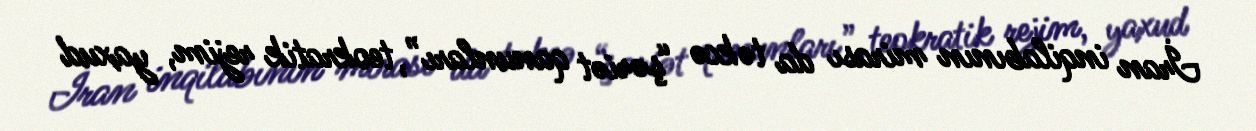
İran inqilabının mirası da təkcə “şəriət qanunları”, teokratik rejim, yaxud